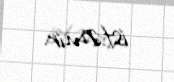
istəmir.